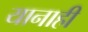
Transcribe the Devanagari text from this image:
यानाही